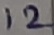
Text: 12